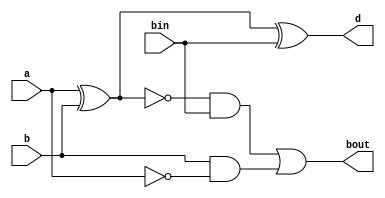
module fullSubtractor(d,bout,a,b,bin);
output d,bout;
input a,b,bin;
wire [4:0] w;

xor x1(w[0],a,b);
not n1(w[1],a);
and ad1(w[2],b,w[1]);
xor x2(d,w[0],bin);
not n2(w[3],w[0]);
and ad2(w[4],w[3],bin);
or  o1(bout,w[4],w[2]);

endmodule

module fourbitSubtractor(d,bout,a,b,bin);
output [3:0] d;
output bout;
input [3:0] a,b;
input bin;
wire [2:0] w;

fullSubtractor f1(d[0],w[0],a[0],b[0],bin);
fullSubtractor f2(d[1],w[1],a[1],b[1],w[0]);
fullSubtractor f3(d[2],w[2],a[2],b[2],w[1]);
fullSubtractor f4(d[3],bout,a[3],b[3],w[2]);

endmodule

module test;
  reg [3:0] a;
  reg [3:0] b;
  reg bin;
  wire [3:0] d;
  wire bout;
  
  fourbitSubtractor fbs(d,bout,a,b,bin);
  
  initial 
    
begin
  
  $monitor($time," a = %b b = %b bin = %b d = %b bout = %b",a,b,bin,d,bout);
  a=4'b1111; b=4'b0001; bin=1'b0;
  #120
  a=4'b0010; b=4'b1000; bin=1'b1;
  #240
  a=4'b1110; b=4'b1010; bin=1'b0;

  end
endmodule